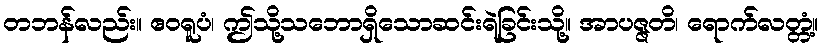
တဘန်လည်း။ ဧဝရူပံ၊ ဤသို့သဘောရှိသောဆင်းရဲခြင်းသို့။ အာပဇ္ဇတိ၊ ရောက်လတ္တံ့။